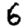
Digit: 6